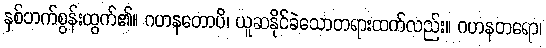
နှစ်ဘက်စွန်းထွက်၏။ ဂဟနတောပိ၊ ယူဆနိုင်ခဲသောတရားထက်လည်း။ ဂဟနတရော၊